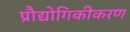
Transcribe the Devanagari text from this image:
प्रौद्योगिकीकरण